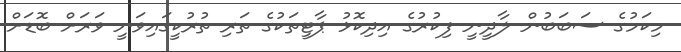
މިކަމުގެ ސަބަބުން ލާދީނީ ފިކުރުގެ އިދިކޮޅު ޕާޓީތަކުގެ ތަރި ތުރުކީގައިވަނީ ވަރަށް ބޮޑަށް